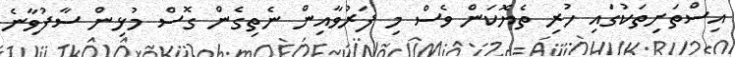
އިސްތަށިތަކުގައި ހުރި ތެޔޮކަން ވެސް މި ފަރުވާއިން ނެތިގެން ގޮސް މުޅިން ސާފުވާނެ